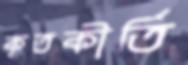
কৃতকীর্তি